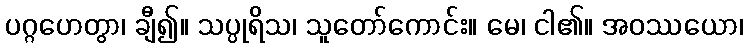
ပဂ္ဂဟေတွာ၊ ချီ၍။ သပ္ပုရိသ၊ သူတော်ကောင်း။ မေ၊ ငါ၏။ အဝဿယော၊